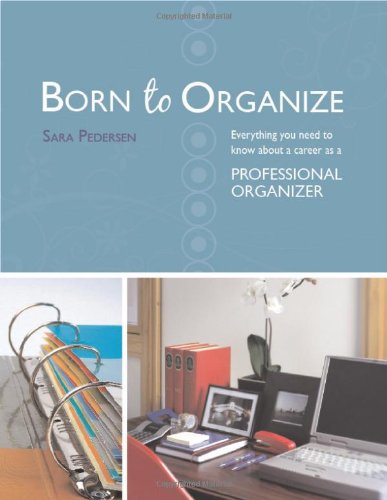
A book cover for Born to Organize: Everything You Need to Know About a Career As a Professional Organizer; Sara Pedersen; Self-Help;